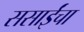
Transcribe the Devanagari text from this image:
ससाईंचा